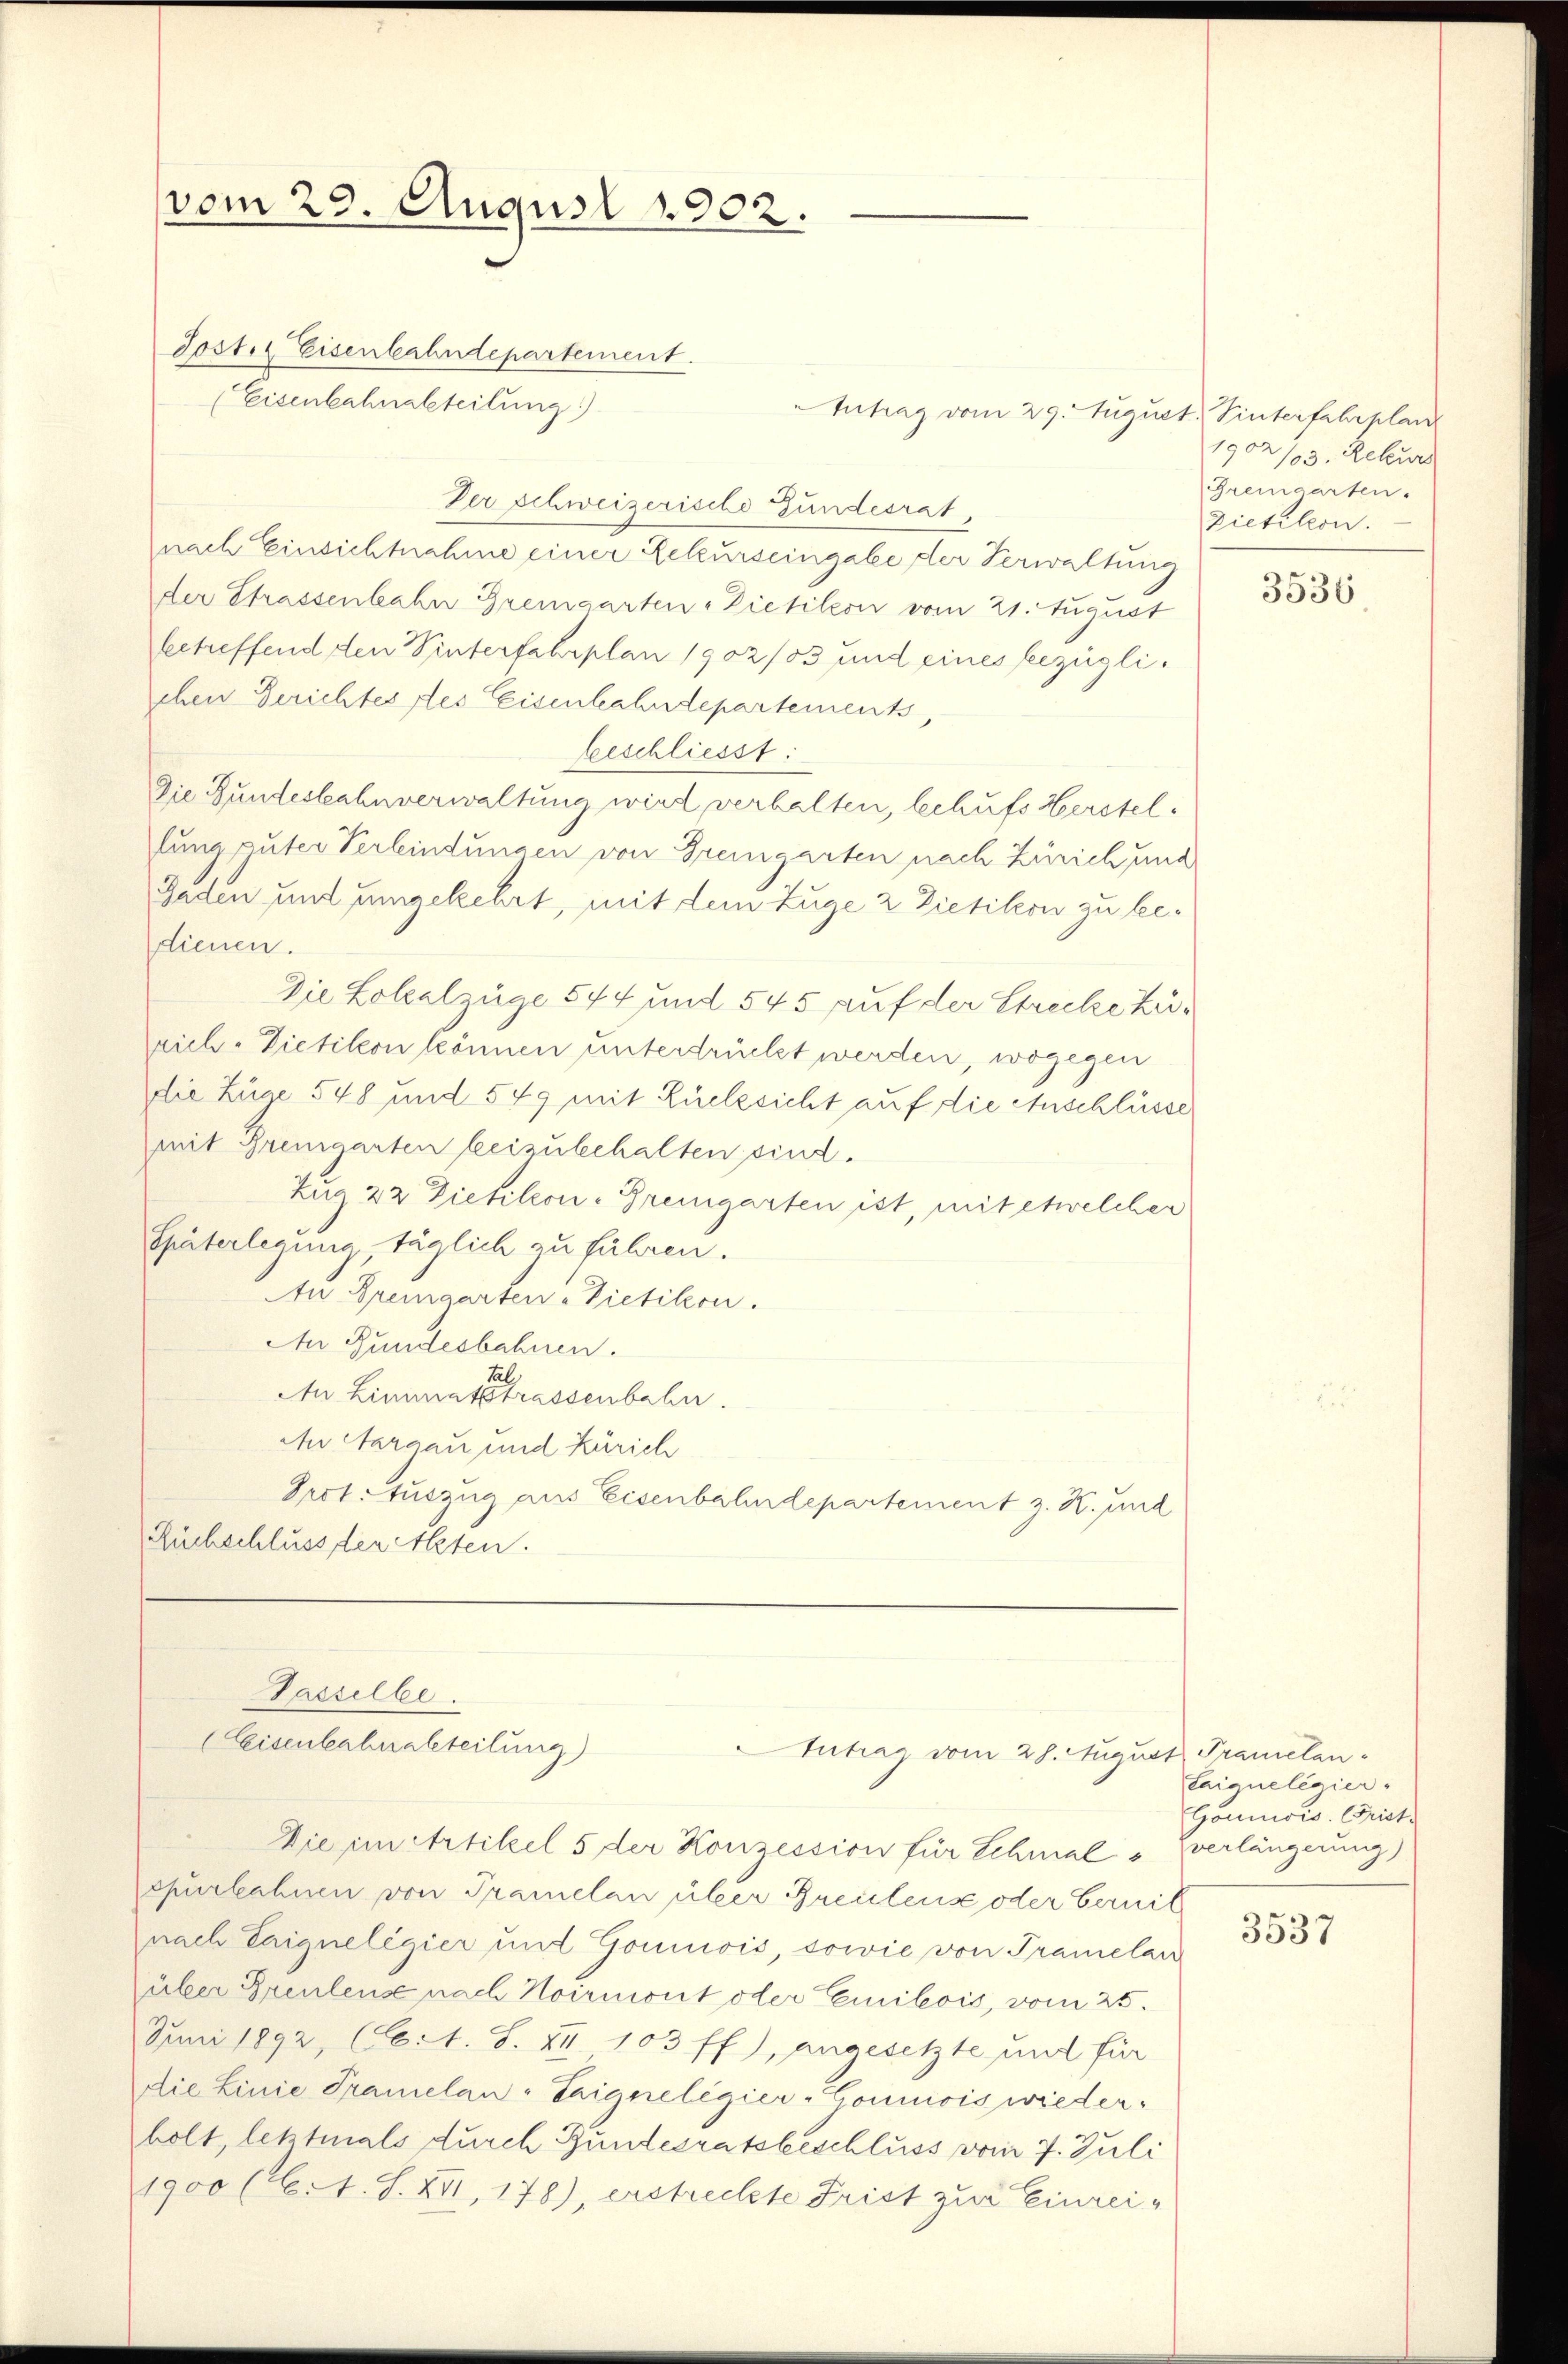
vom 29. August 1902.

Tostiz Eisenbahndepartement.
Der Schweizerische Gundesrat
nach Einsichtnahme einer Rekurseingabe der Verwaltung
der Strassenbahn Bremgarten - Dietikon vom 21. August
betreffend den Winterfahrplan 1902/03 und eines bezüglichen Gerichtes des Eisenbahndepartements
beschliesst:
Die Gundeskahnverwaltung wird verhalten, behufs Herstellung puter Verbindungen von Gremgarten nach Zürich und
Gaden und umgekehrt, mit dem Zuge 2 Dietition zu bedienen.
Die Lolealzüge 544 und 545 auf der Strecke zulrich. Vietikon können unterdrückt werden, wogegen
die Züge 548 und 549 mit Züelzsicht auf die Anschlüsse
mit Bremgarten beizubehalten sind.
Zur 22 Dietikon-Gremgarten ist, mit etwelcher
Späterlegung, täglich zu führen.
In Bremgarten Pietikon.
An Fundesbahnen.
An Limmatstrassenbahn.
An Aargau und Zürich
Pert-Auszug aus Eisenbahndepartement z. K. und
Rüchschluss der Akten.

(Eisenbahnakteilung)

Tasselbe.
Eisenbahrabteilung)

Intrag vom 29. August. Sinterfahrplan

Intrag vom 28. August Pramelan¬

1902/03. Rekurs
Gremgarten.
Zietikon.

Die in Artikel 5 der Konzession für Schmal verlängerung)
cpurbahnen von Pramelan über Greutens oder Gernit
nach Taignelegier und Gominois, sowie von Tramelan
über Preuleuse nach Noirmont oder Emilois, vom 25.
Juni 1892, (Ct. S. XII. 103 ff.), angesetzte und für
Die Linie Tramelan-Taignelegier-Commisis wiederholt, letztmals durch Gundesratsbeschluss vom 7. Juli
1900 (lt. S. XVI, 178), erstreckte Frist zur Einrei¬

3536

taignelegier
Gounwis. Grist.

3537